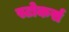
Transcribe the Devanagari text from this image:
स्टोकर्स